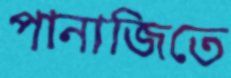
পানাজিতে